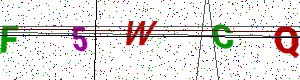
Text: F5WCQ